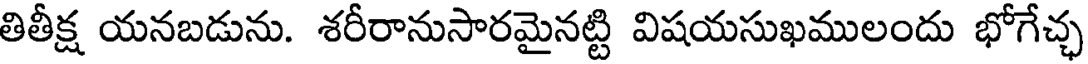
తితీక్ష యనబడును. శరీరానుసారమైనట్టి విషయసుఖములందు భోగేచ్ఛ